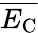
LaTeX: \overline{{E_{\mathrm{C}}}}